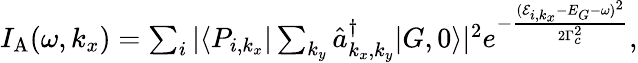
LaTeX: \begin{array}{r}{I_{\mathrm{A}}(\omega,k_{x})=\sum_{i}|\langle P_{i,k_{x}}|\sum_{k_{y}}\hat{a}_{k_{x},k_{y}}^{\dagger}|G,0\rangle|^{2}e^{-\frac{(\mathcal{E}_{i,k_{x}}-E_{G}-\omega)^{2}}{2\Gamma_{c}^{2}}},}\end{array}